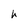
Character: h